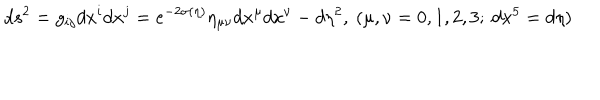
d s ^ { 2 } = g _ { i j } d x ^ { i } d x ^ { j } = e ^ { - 2 \sigma ( \eta ) } \eta _ { \mu \nu } d x ^ { \mu } d x ^ { \nu } - d \eta ^ { 2 } , ~ ( \mu , \nu = 0 , 1 , 2 , 3 ; ~ d x ^ { 5 } = d \eta )